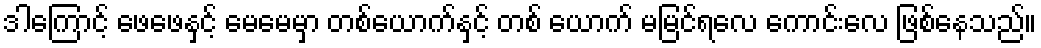
ဒါကြောင့် ဖေဖေနှင့် မေမေမှာ တစ်ယောက်နှင့် တစ် ယောက် မမြင်ရလေ ကောင်းလေ ဖြစ်နေသည်။